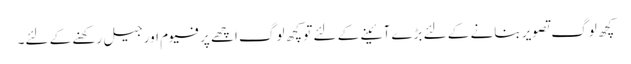
کچھ لوگ تصویر بنانے کے لئے بڑے آئینے کے لئے تو کچھ لوگ اچھے پرفیوم اور جیل رکھنے کے لئے۔